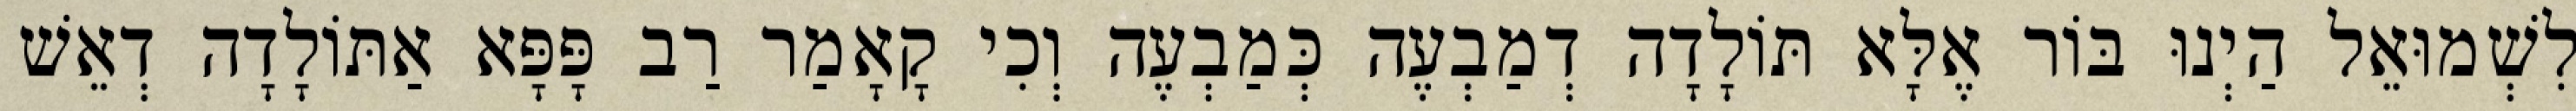
לִשְׁמוּאֵל הַיְנוּ בּוֹר אֶלָּא תּוֹלָדָה דְמַבְעֶה כְּמַבְעֶה וְכִי קָאָמַר רַב פָּפָּא אַתּוֹלָדָה דְאֵשׁ